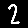
Digit: 2